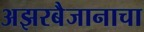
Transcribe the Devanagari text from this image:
अझरबैजानाचा